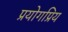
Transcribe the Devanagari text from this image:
प्रयोगप्रिय